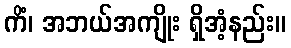
ကိံ၊ အဘယ်အကျိုး ရှိအံ့နည်း။